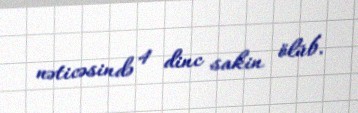
nəticəsində 4 dinc sakin ölüb.